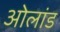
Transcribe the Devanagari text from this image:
ओलांड